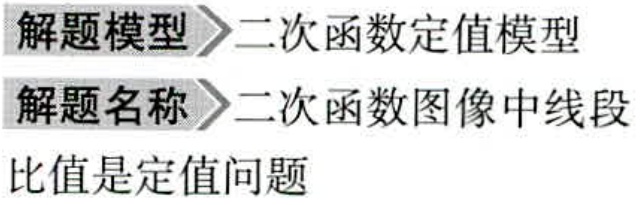
解题模型 \(\rightharpoonup\) 二次函数定值模型
解题名称 \(\rightharpoonup\) 二次函数图像中线段
比值是定值问题